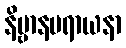
နိဗ္ဗာနပရာယနာ